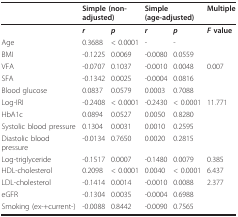
|  | <COLSPAN=2> Simple (non-adjusted) | <COLSPAN=2> Simple (age-adjusted) | Multiple |
 | --- | --- | --- | --- | --- | --- |
 |  | r | p | r | p | F value |
 | Age | 0.3688 | < 0.0001 | - | - |  |
 | BMI | -0.1225 | 0.0069 | -0.0080 | 0.0559 |  |
 | VFA | -0.0707 | 0.1037 | -0.0010 | 0.0048 | 0.007 |
 | SFA | -0.1342 | 0.0025 | -0.0004 | 0.0816 |  |
 | Blood glucose | 0.0837 | 0.0579 | 0.0003 | 0.7088 |  |
 | Log-IRI | -0.2408 | < 0.0001 | -0.2430 | < 0.0001 | 11.771 |
 | HbA1c | 0.0894 | 0.0527 | 0.0050 | 0.8280 |  |
 | Systolic blood pressure | 0.1304 | 0.0031 | 0.0010 | 0.2595 |  |
 | Diastolic blood pressure | -0.0134 | 0.7650 | 0.0020 | 0.2815 |  |
 | Log-triglyceride | -0.1517 | 0.0007 | -0.1480 | 0.0079 | 0.385 |
 | HDL-cholesterol | 0.2098 | < 0.0001 | 0.0040 | < 0.0001 | 6.437 |
 | LDL-cholesterol | -0.1414 | 0.0014 | -0.0010 | 0.0088 | 2.377 |
 | eGFR | -0.1304 | 0.0035 | -0.0004 | 0.6988 |  |
 | Smoking (ex-+current-) | -0.0088 | 0.8442 | -0.0090 | 0.7565 |  |